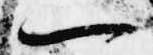
一